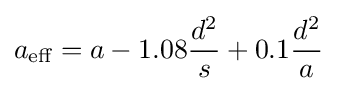
a_{\text{eff}}=a-1.08{\frac {d^{2}}{s}}+0.1{\frac {d^{2}}{a}}